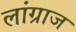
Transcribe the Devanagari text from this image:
लांग्राज